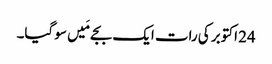
24 اکتوبر کی رات ایک بجے مَیں سو گیا۔